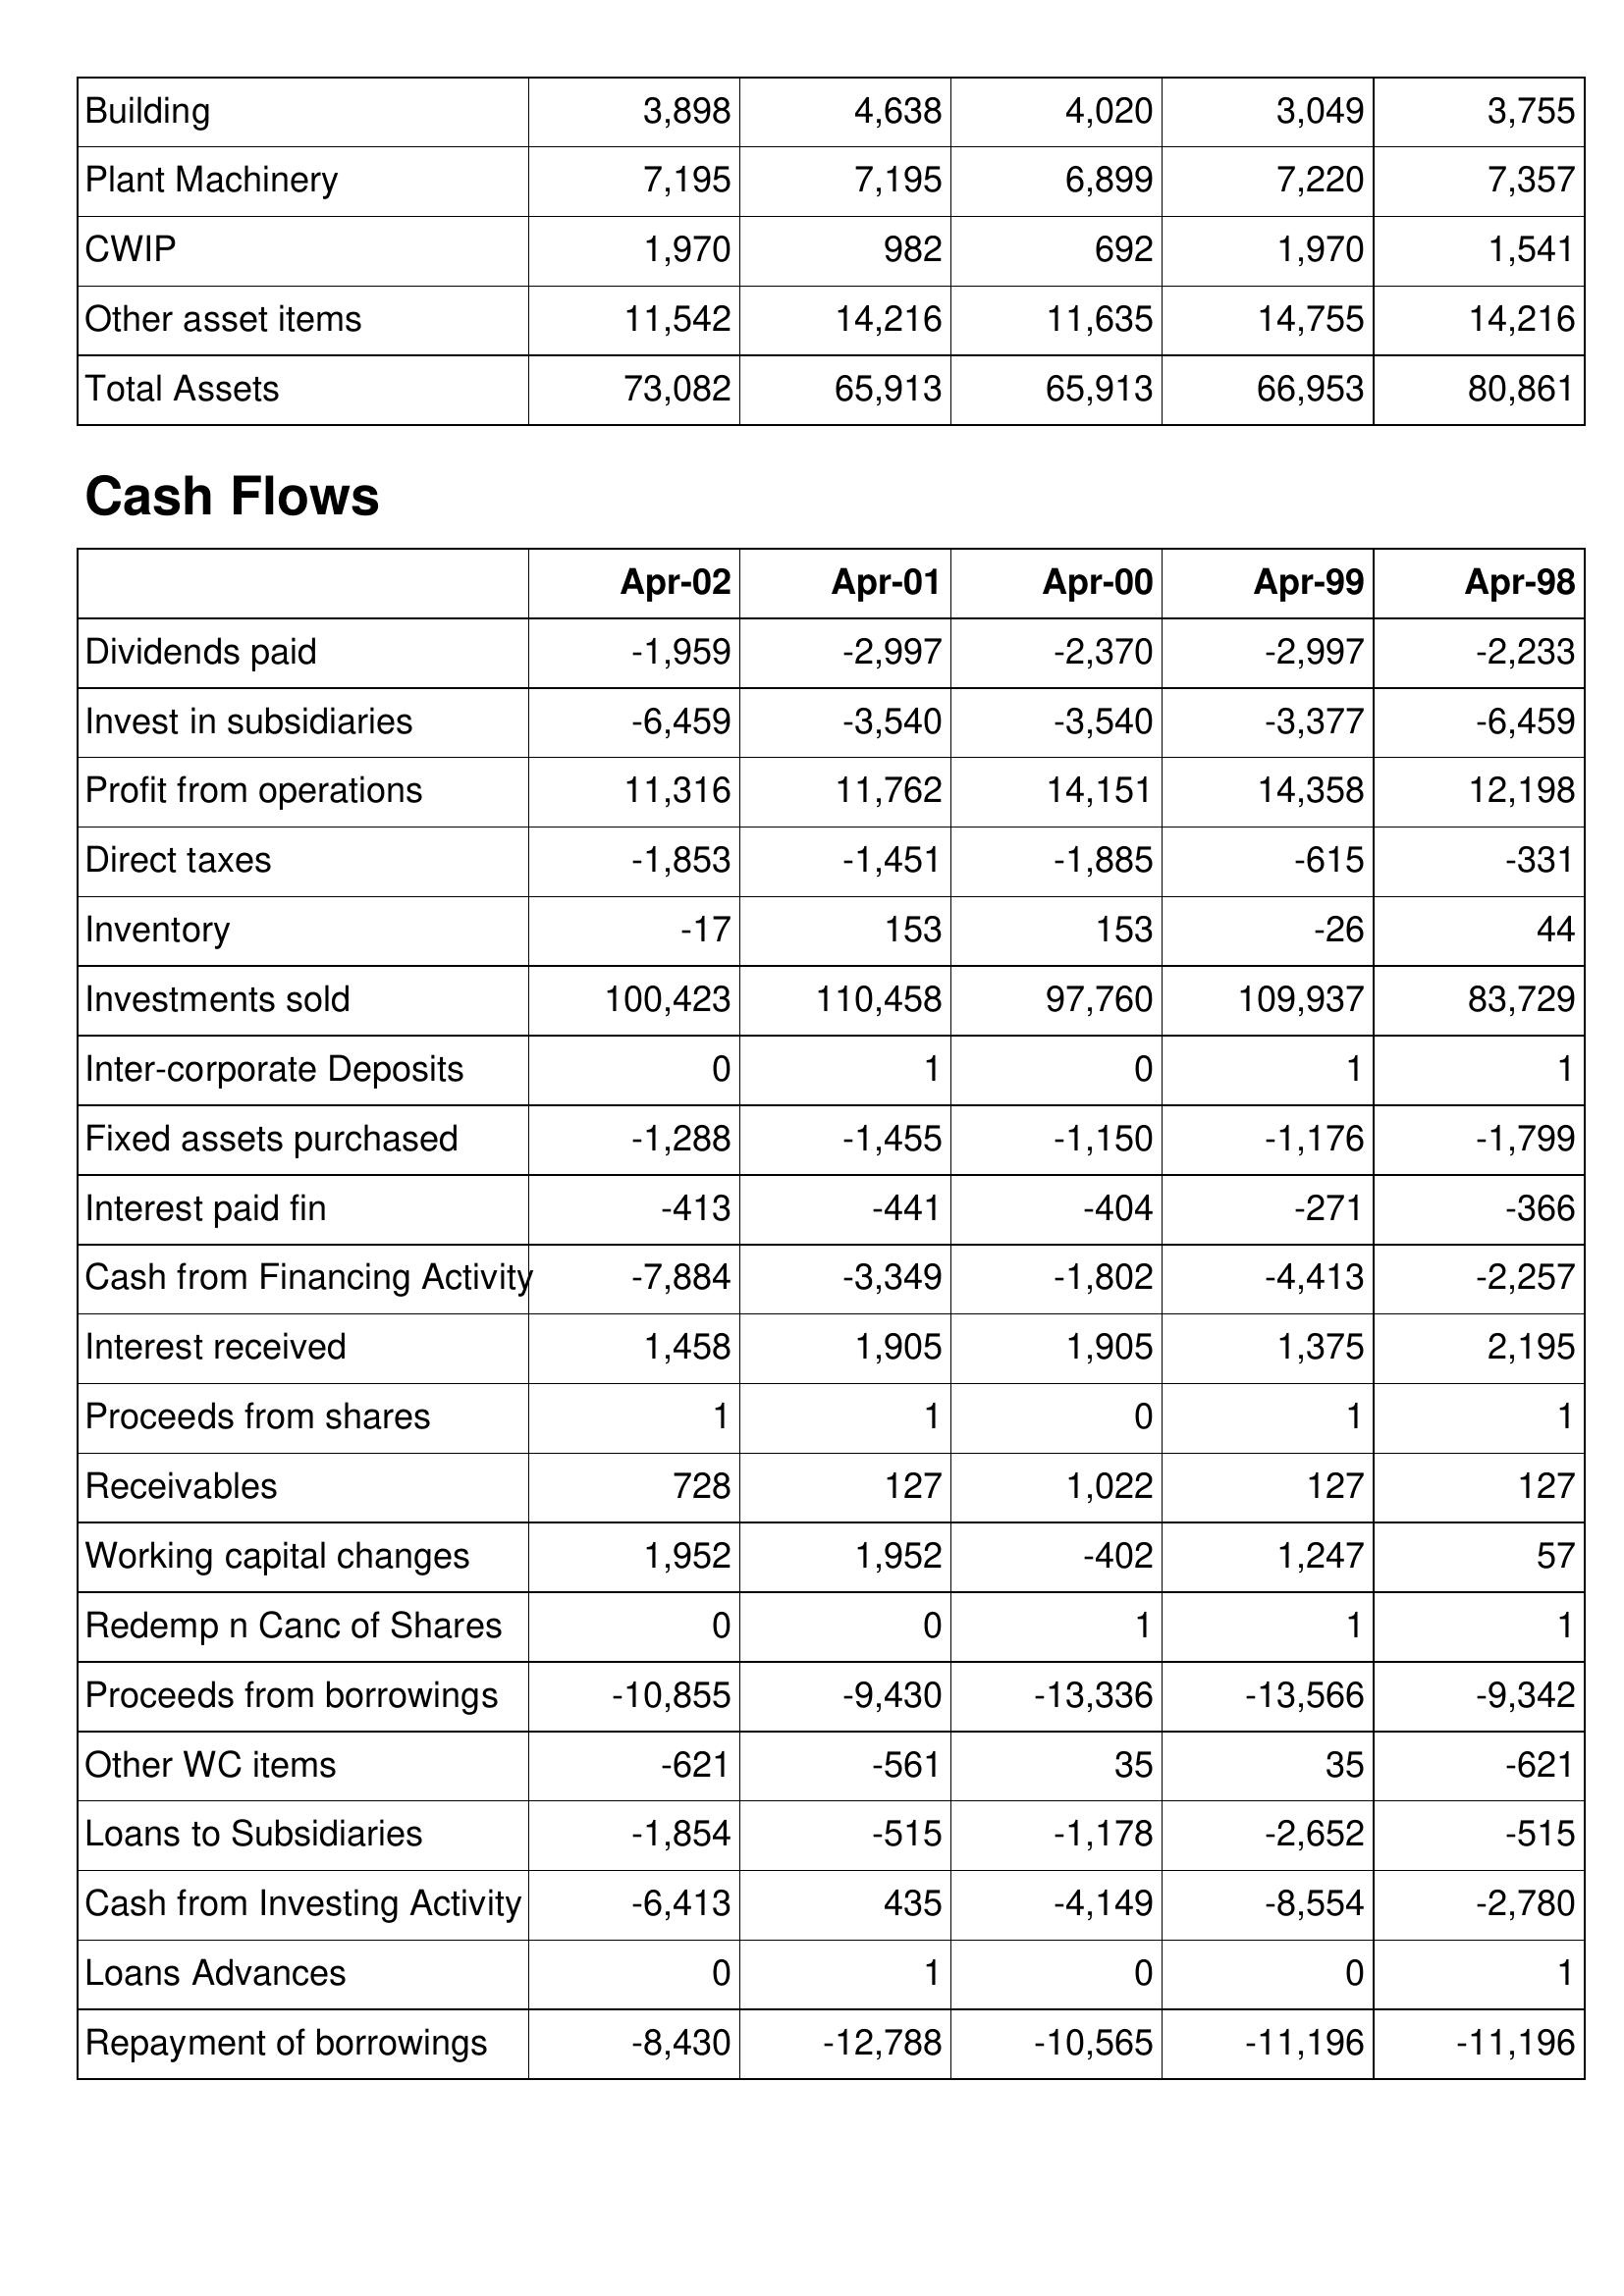
Apr-02: Balance Sheet: Building: 3,898
Plant Machinery: 7,195
CWIP: 1,970
Other asset items: 11,542
Total Assets: 73,082
Cash Flows: Dividends paid: -1,959
Invest in subsidiaries: -6,459
Profit from operations: 11,316
Direct taxes: -1,853
Inventory: -17
Investments sold: 100,423
Inter-corporate Deposits: 0
Fixed assets purchased: -1,288
Interest paid fin: -413
Cash from Financing Activity: -7,884
Interest received: 1,458
Proceeds from shares: 1
Receivables: 728
Working capital changes: 1,952
Redemp n Canc of Shares: 0
Proceeds from borrowings: -10,855
Other WC items: -621
Loans to Subsidiaries: -1,854
Cash from Investing Activity: -6,413
Loans Advances: 0
Repayment of borrowings: -8,430
Apr-01: Balance Sheet: Building: 4,638
Plant Machinery: 7,195
CWIP: 982
Other asset items: 14,216
Total Assets: 65,913
Cash Flows: Dividends paid: -2,997
Invest in subsidiaries: -3,540
Profit from operations: 11,762
Direct taxes: -1,451
Inventory: 153
Investments sold: 110,458
Inter-corporate Deposits: 1
Fixed assets purchased: -1,455
Interest paid fin: -441
Cash from Financing Activity: -3,349
Interest received: 1,905
Proceeds from shares: 1
Receivables: 127
Working capital changes: 1,952
Redemp n Canc of Shares: 0
Proceeds from borrowings: -9,430
Other WC items: -561
Loans to Subsidiaries: -515
Cash from Investing Activity: 435
Loans Advances: 1
Repayment of borrowings: -12,788
Apr-00: Balance Sheet: Building: 4,020
Plant Machinery: 6,899
CWIP: 692
Other asset items: 11,635
Total Assets: 65,913
Cash Flows: Dividends paid: -2,370
Invest in subsidiaries: -3,540
Profit from operations: 14,151
Direct taxes: -1,885
Inventory: 153
Investments sold: 97,760
Inter-corporate Deposits: 0
Fixed assets purchased: -1,150
Interest paid fin: -404
Cash from Financing Activity: -1,802
Interest received: 1,905
Proceeds from shares: 0
Receivables: 1,022
Working capital changes: -402
Redemp n Canc of Shares: 1
Proceeds from borrowings: -13,336
Other WC items: 35
Loans to Subsidiaries: -1,178
Cash from Investing Activity: -4,149
Loans Advances: 0
Repayment of borrowings: -10,565
Apr-99: Balance Sheet: Building: 3,049
Plant Machinery: 7,220
CWIP: 1,970
Other asset items: 14,755
Total Assets: 66,953
Cash Flows: Dividends paid: -2,997
Invest in subsidiaries: -3,377
Profit from operations: 14,358
Direct taxes: -615
Inventory: -26
Investments sold: 109,937
Inter-corporate Deposits: 1
Fixed assets purchased: -1,176
Interest paid fin: -271
Cash from Financing Activity: -4,413
Interest received: 1,375
Proceeds from shares: 1
Receivables: 127
Working capital changes: 1,247
Redemp n Canc of Shares: 1
Proceeds from borrowings: -13,566
Other WC items: 35
Loans to Subsidiaries: -2,652
Cash from Investing Activity: -8,554
Loans Advances: 0
Repayment of borrowings: -11,196
Apr-98: Balance Sheet: Building: 3,755
Plant Machinery: 7,357
CWIP: 1,541
Other asset items: 14,216
Total Assets: 80,861
Cash Flows: Dividends paid: -2,233
Invest in subsidiaries: -6,459
Profit from operations: 12,198
Direct taxes: -331
Inventory: 44
Investments sold: 83,729
Inter-corporate Deposits: 1
Fixed assets purchased: -1,799
Interest paid fin: -366
Cash from Financing Activity: -2,257
Interest received: 2,195
Proceeds from shares: 1
Receivables: 127
Working capital changes: 57
Redemp n Canc of Shares: 1
Proceeds from borrowings: -9,342
Other WC items: -621
Loans to Subsidiaries: -515
Cash from Investing Activity: -2,780
Loans Advances: 1
Repayment of borrowings: -11,196